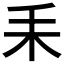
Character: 𦓤